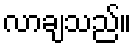
လာချသည်။